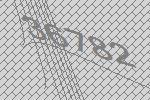
36782